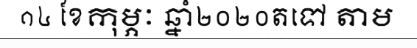
១៤ ខែកុម្ភៈ ឆ្នាំ២០២០តទៅ តាម